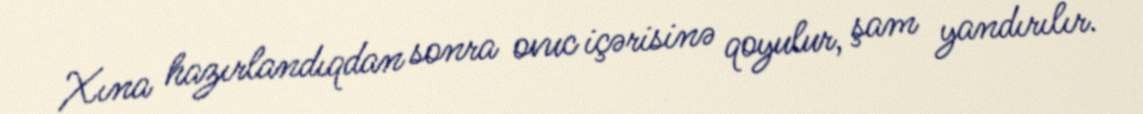
Xına hazırlandıqdan sonra ovuc içərisinə qoyulur, şam yandırılır.